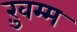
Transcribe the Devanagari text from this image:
ख़ुम्म